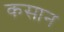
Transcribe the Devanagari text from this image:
कसान